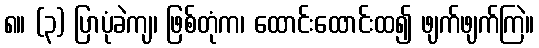
၈။ (၃) ပြာပုံခဲကျ၊ ဖြစ်တုံက၊ ထောင်းထောင်းထ၍ ဖျက်ဖျက်ကြဲ။